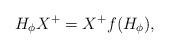
LaTeX: \begin{align*}H_{\phi}X^{+}=X^{+}f(H_{\phi}),\end{align*}